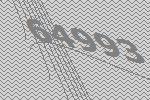
64993